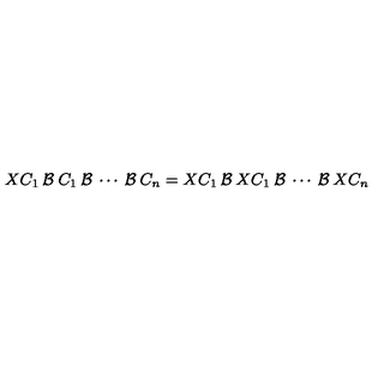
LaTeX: X C _ { 1 } \: { \cal { B } } \: C _ { 1 } \: { \cal { B } } \: \cdots \: { \cal { B } } \: C _ { n } = X C _ { 1 } \: { \cal { B } } \: X C _ { 1 } \: { \cal { B } } \: \cdots \: { \cal { B } } \: X C _ { n }